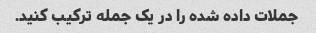
جملات داده شده را در یک جمله ترکیب کنید.